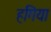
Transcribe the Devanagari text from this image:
हगिया